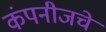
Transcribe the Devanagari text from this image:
कंपनीजचे